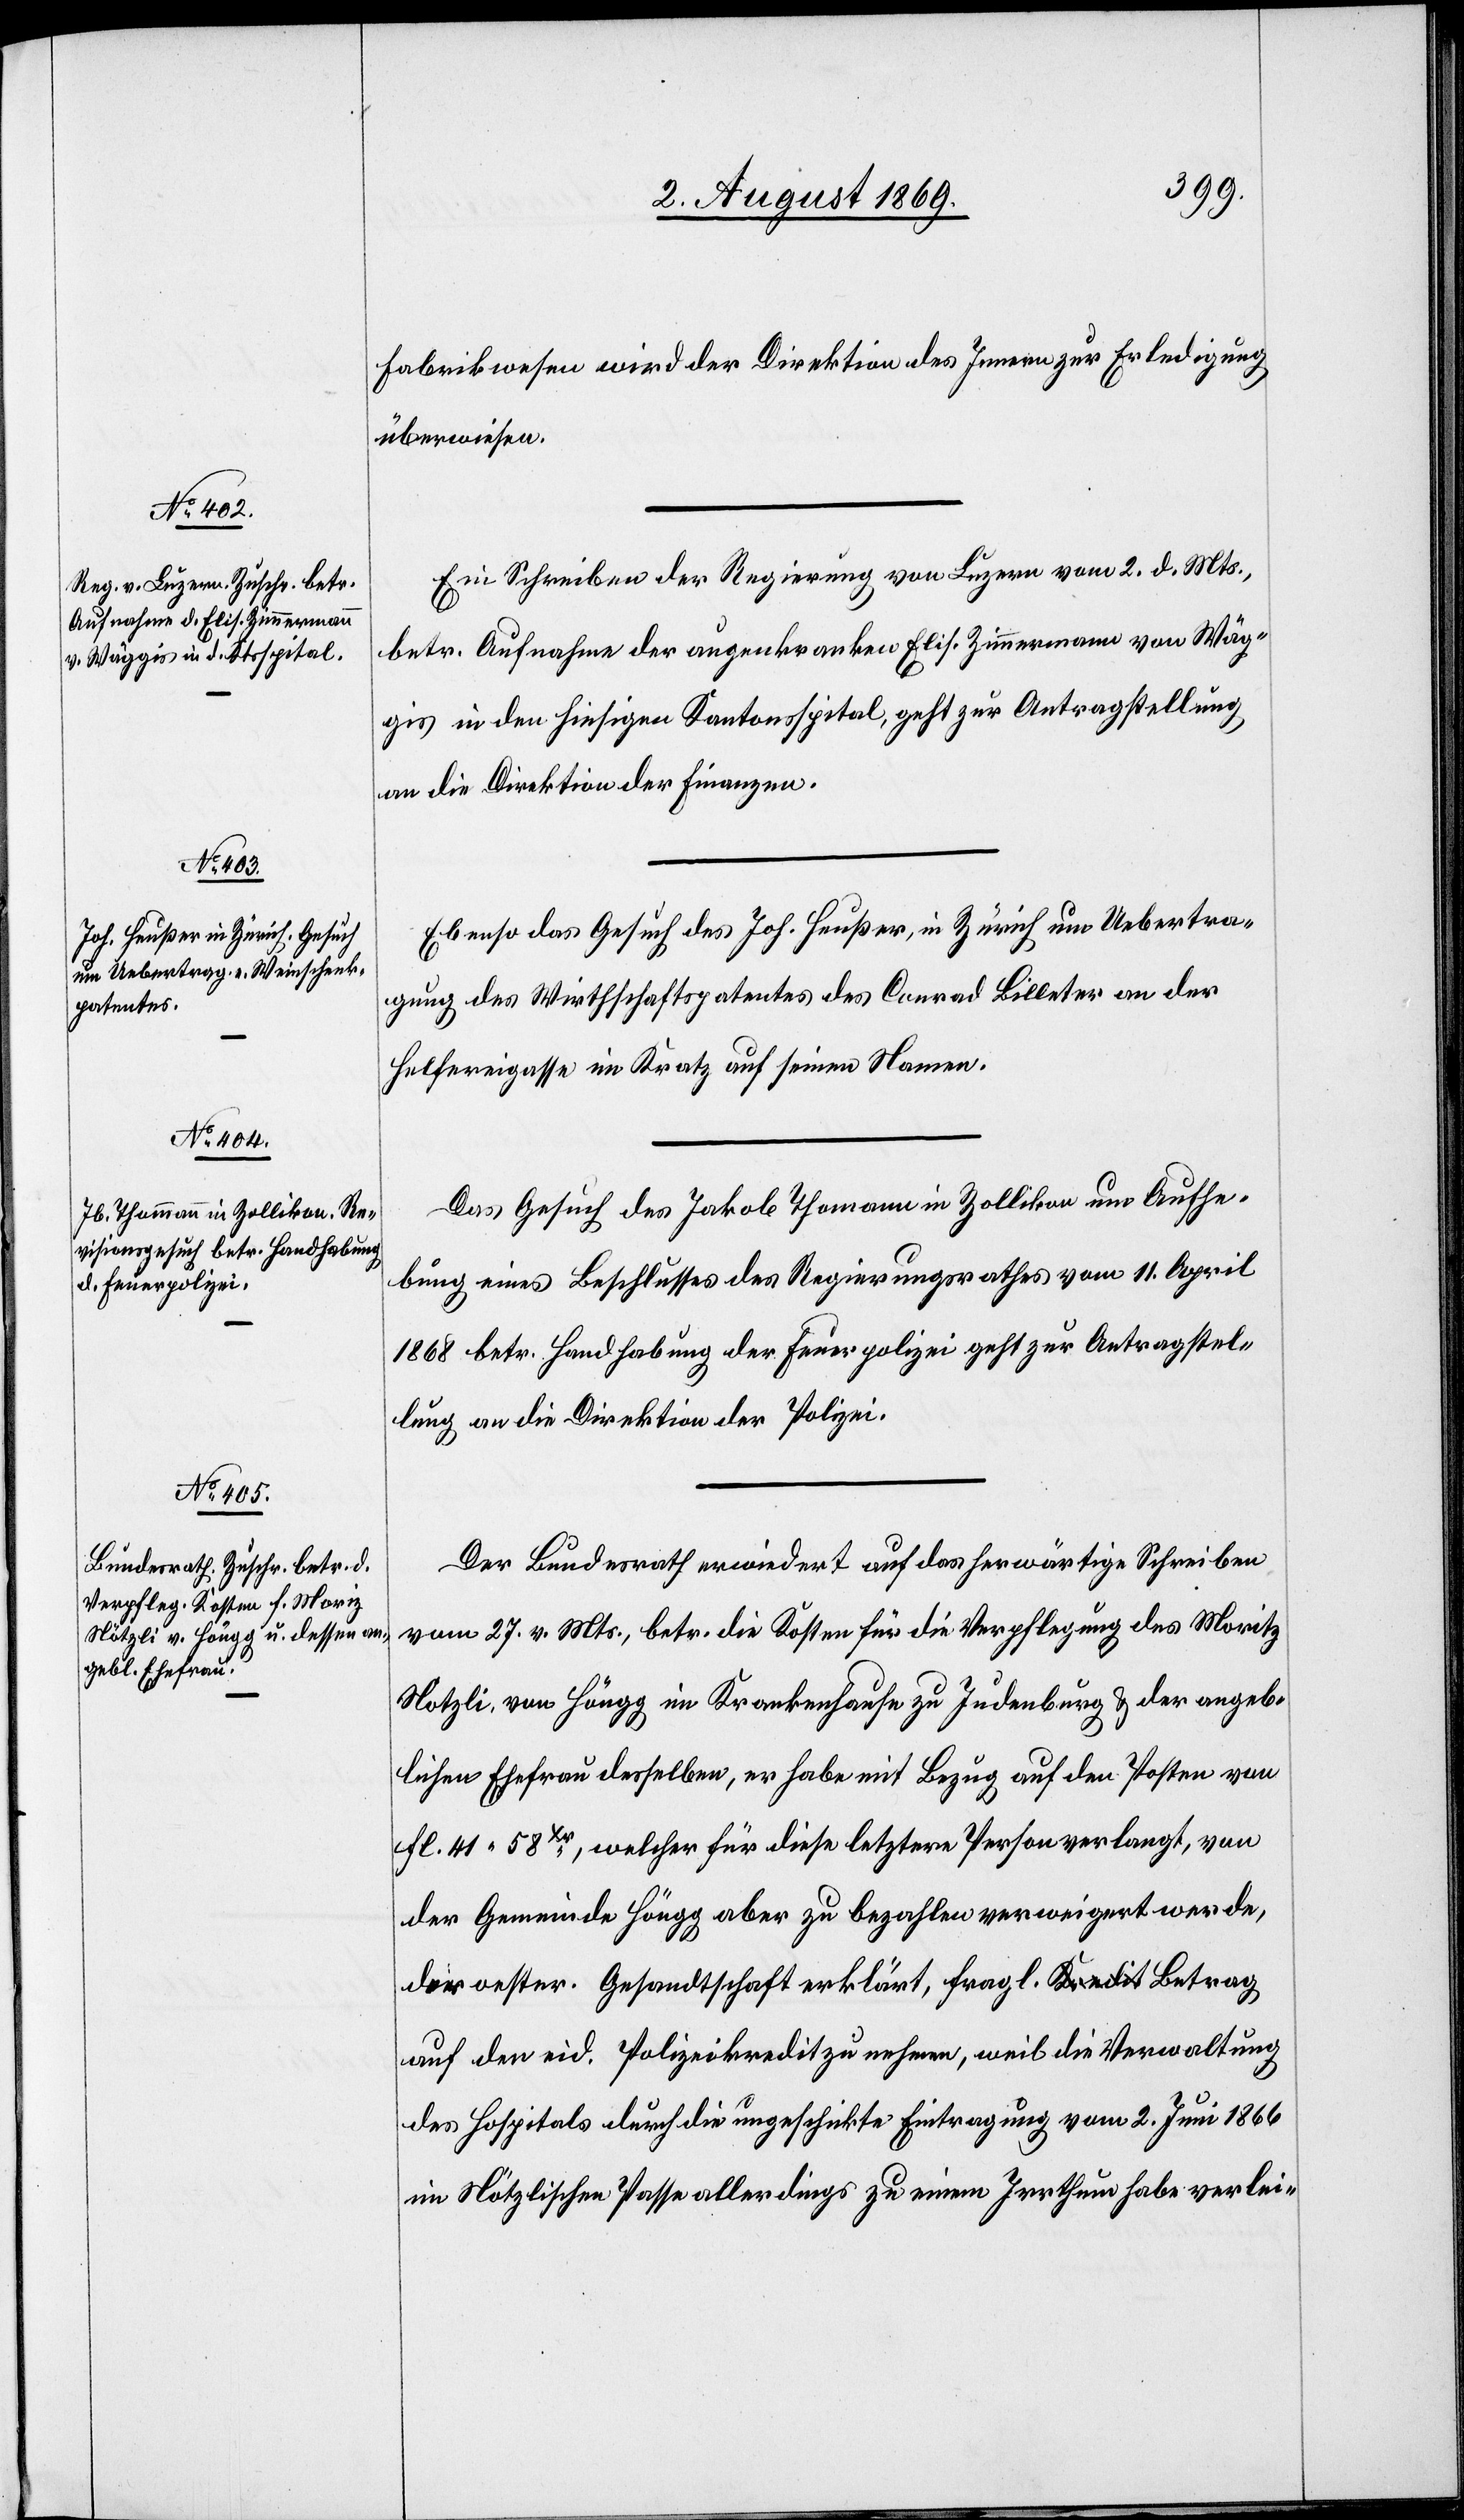
4. August 1869.]
Fabrikwesen wird der Direktion des Innern zur Erledigung
überwiesen.
Ein Schreiben der Regierung von Luzern vom 2. d. Mts.,
betr. Aufnahme der augenkranken Elis. Zimmermann von Wäg¬
gis in den hiesigen Kantonsspital, geht zur Antragstellung
an die Direktion der Finanzen.
Ebenso das Gesuch des Joh. Heußer, in Zürich um Uebertra¬
gung des Wirthschaftspatentes des Conrad Billeter an der
Helfereigasse im Kratz auf seinen Namen.
Das Gesuch des Jakob Thomann [sic!] in Zollikon um Aufhe¬
bung eines Beschlusses des Regierungsrathes vom 11. April
1868 betr. Handhabung der Feuerpolizei geht zur Antragstel¬
lung an die Direktion der Polizei.
Der Bundesrath erwiedert auf das herwärtige Schreiben
vom 27. v. Mts., betr. die Kosten für die Verpflegung des Moritz
Nötzli, von Höngg im Krankenhause zu Judenburg & der angeb¬
lichen Ehefrau desselben, er habe mit Bezug auf den Posten von
fl. 41. 58Xr, welcher für diese letztere Person verlangt, von
der Gemeinde Höngg aber zu bezahlen verweigert werde,
der oestr. Gesandtschaft erklärt, fragl. Kredit Betrag
auf den eid. Polizeikredit zu nehmen, weil die Verwaltung
des Hospitals durch die ungeschickte Eintragung vom 2. Juni 1866
im Nötzlischen Passe allerdings zu einem Irrthum habe verlei-